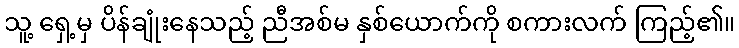
သူ့ ရှေ့မှ ပိန်ချုံးနေသည့် ညီအစ်မ နှစ်ယောက်ကို စကားလက် ကြည့်၏။